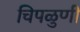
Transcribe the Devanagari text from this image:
चिपळुणी